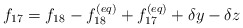
\begin{align*}{f_{17}} = {f_{18}} - f_{18}^{\left( {eq} \right)} + f_{17}^{\left( {eq} \right)} + \delta y - \delta z\end{align*}